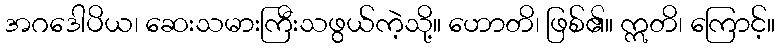
အဂဒေါပိယ၊ ဆေးသမားကြီးသဖွယ်ကဲ့သို့။ ဟောတိ၊ ဖြစ်၏။ ဣတိ၊ ကြောင့်။